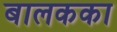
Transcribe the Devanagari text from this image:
बालकका